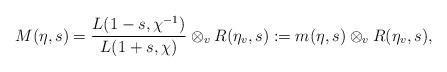
LaTeX: \begin{align*}M(\eta,s)=\frac{L(1-s,\chi^{-1})}{L(1+s,\chi)}\otimes_v R(\eta_v,s):=m(\eta,s)\otimes_v R(\eta_v,s),\end{align*}